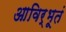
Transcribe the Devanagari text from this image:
आविर्भूतं